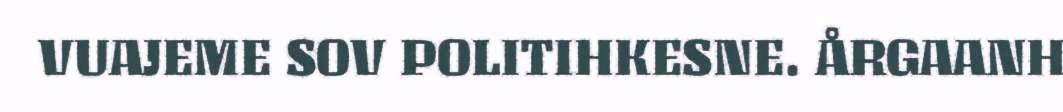
VUAJEME SOV POLITIHKESNE. ÅRGAANH